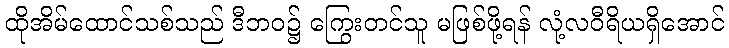
ထိုအိမ်ထောင်သစ်သည် ဒီဘဝ၌ ကြွေးတင်သူ မဖြစ်ဖို့ရန် လုံ့လဝီရိယရှိအောင်